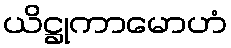
ယိဋ္ဌုကာမောဟံ